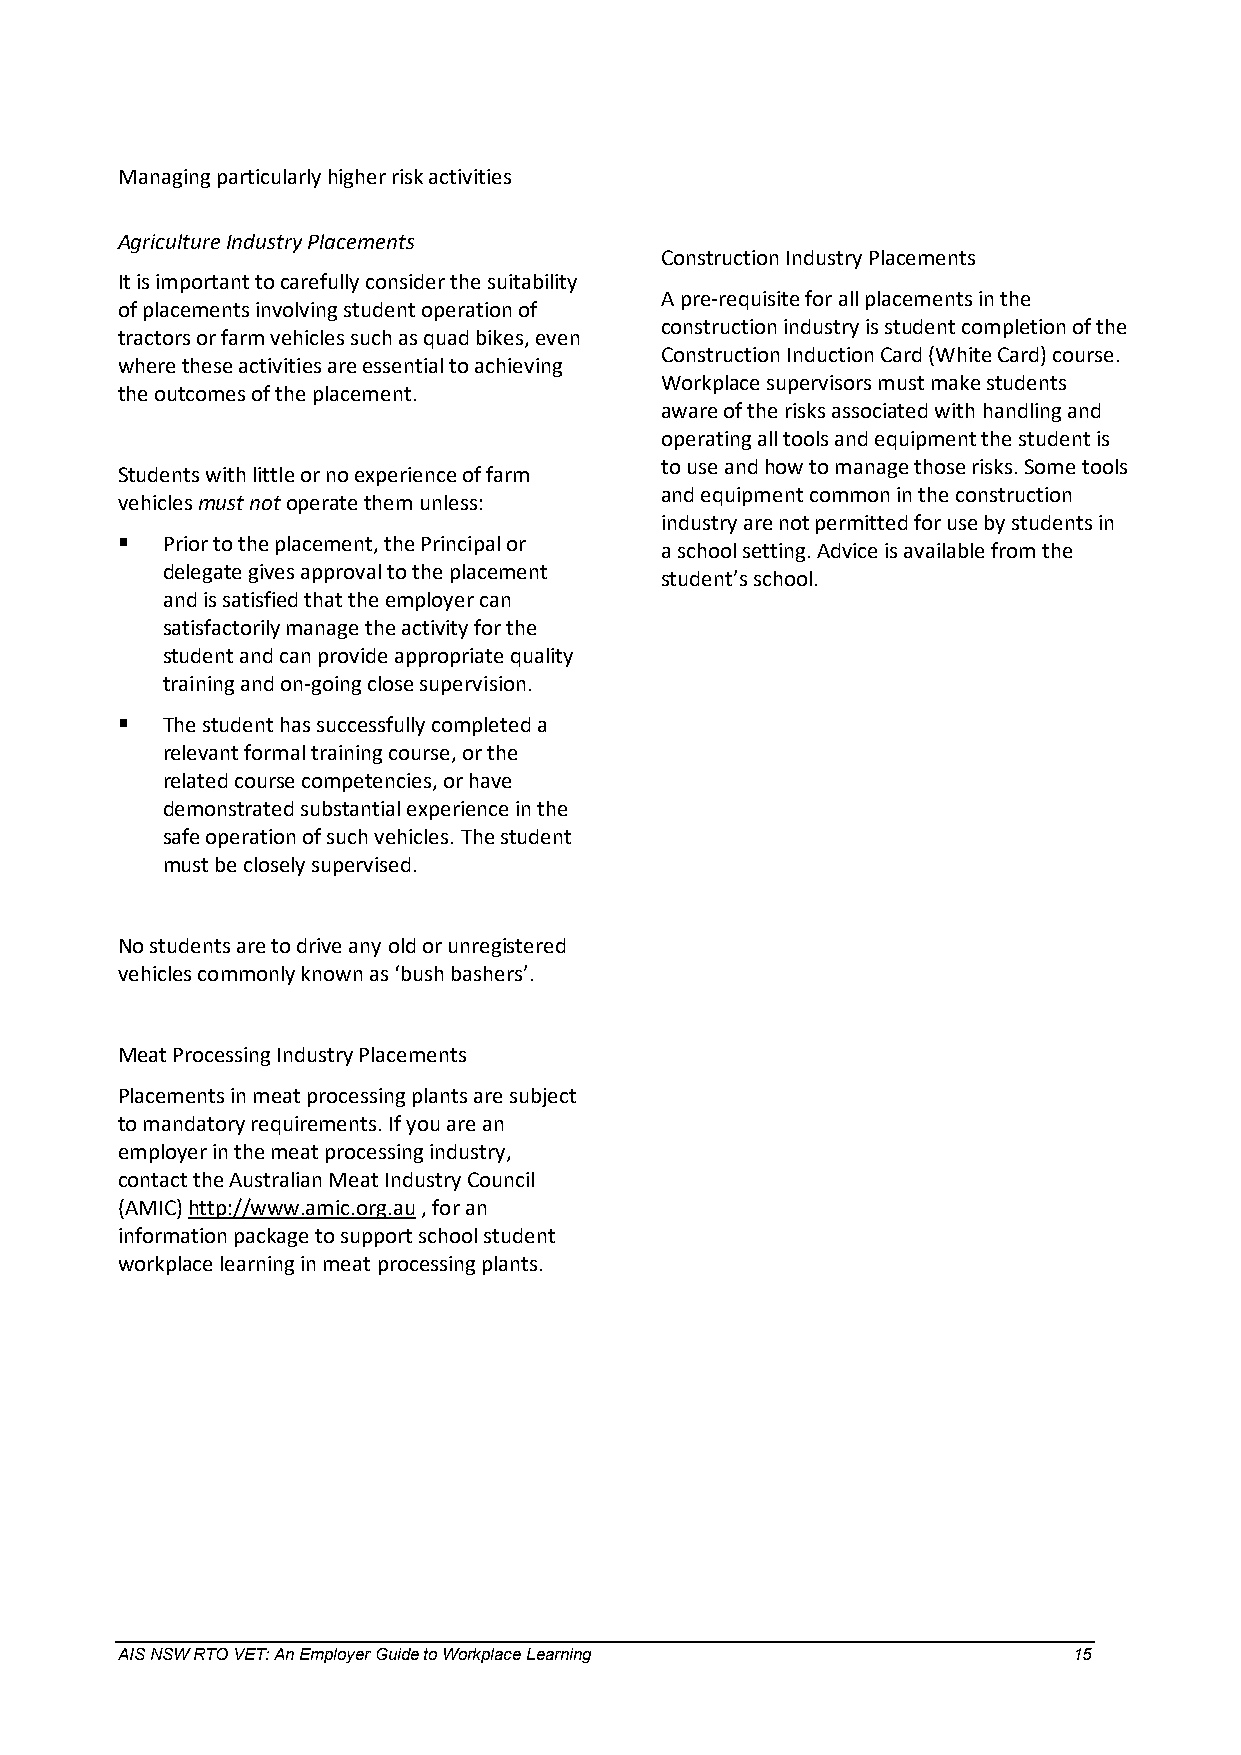
Managing particularly higher risk activities
 Agriculture Industry Placements
 Construction Industry Placements
 It is important to carefully consider the suitability
 A pre-requisite for all placements in the
 of placements involving student operation of
 construction industry is student completion of the
 tractors or farm vehicles such as quad bikes, even
 Construction Induction Card (White Card) course.
 where these activities are essential to achieving
 Workplace supervisors must make students
 the outcomes of the placement.
 aware of the risks associated with handling and
 operating all tools and equipment the student is
 to use and how to manage those risks. Some tools
 Students with little or no experience of farm
 and equipment common in the construction
 vehicles must not operate them unless:
 industry are not permitted for use by students in
   Prior to the placement, the Principal or
 a school setting. Advice is available from the
 delegate gives approval to the placement
 student’s school.
 and is satisfied that the employer can
 satisfactorily manage the activity for the
 student and can provide appropriate quality
 training and on-going close supervision.
   The student has successfully completed a
 relevant formal training course, or the
 related course competencies, or have
 demonstrated substantial experience in the
 safe operation of such vehicles. The student
 must be closely supervised.
 No students are to drive any old or unregistered
 vehicles commonly known as ‘bush bashers’.
 Meat Processing Industry Placements
 Placements in meat processing plants are subject
 to mandatory requirements. If you are an
 employer in the meat processing industry,
 contact the Australian Meat Industry Council
 (AMIC) http://www.amic.org.au , for an
 information package to support school student
 workplace learning in meat processing plants.
 AIS NSW RTO VET: An Employer Guide to Workplace Learning       15